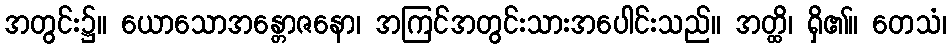
အတွင်း၌။ ယောသောအန္တောဇနော၊ အကြင်အတွင်းသားအပေါင်းသည်။ အတ္ထိ၊ ရှိ၏။ တေသံ၊